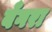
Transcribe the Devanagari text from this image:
बँगरा